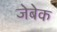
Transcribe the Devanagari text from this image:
जेबेक